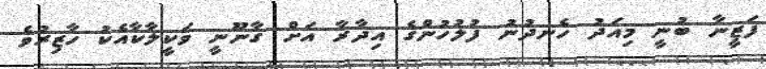
ފަޒީނާ ބުނީ މިއަދު ހެނދުނު ފުލުހުންގެ އިދާރާ އަށް ގާނޫނީ ވަކީލާކާއެކު ހާޒިރުވެ